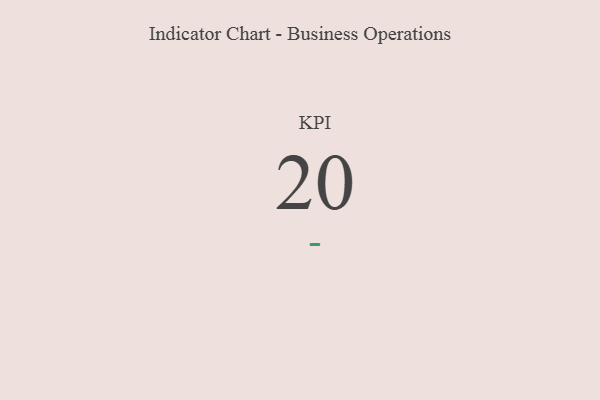
{"axis": {"x": "KPI", "y": "Value"}, "legend": [""], "data": [{"x": "KPI", "y": 20, "type": ""}]}